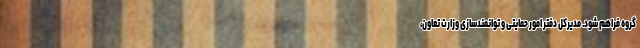
گروه فراهم شود. مدیرکل دفتر امور حمایتی و توانمندسازی وزارت تعاون،